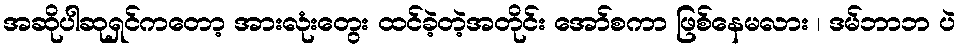
အဆိုပါဆုရှင်ကတော့ အားလုံးတွေး ထင်ခဲ့တဲ့အတိုင်း အော်စကာ ဖြစ်နေမလား ၊ ဒမ်ဘာဘ ပဲ